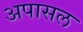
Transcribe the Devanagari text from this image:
अपासल